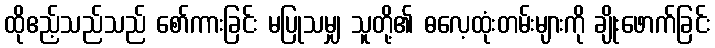
ထိုဧည့်သည်သည် စော်ကားခြင်း မပြုသမျှ သူတို့၏ ဓလေ့ထုံးတမ်းများကို ချိုးဖောက်ခြင်း